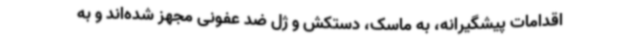
اقدامات پیشگیرانه، به ماسک، دستکش و ژل ضد عفونی مجهز شده‌اند و به